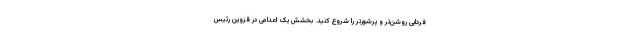
فردایی روشن‌تر و پرشورتر را شروع کنید. بخشش یک اعدامی در قزوین رئیس